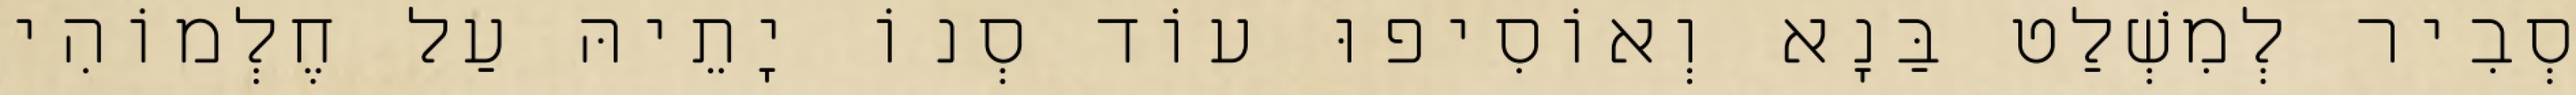
סְבִיר לְמִשְׁלַט בַּנָא וְאוֹסִיפוּ עוֹד סְנוֹ יָתֵיהּ עַל חֶלְמוֹהִי